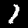
Label: 1